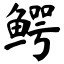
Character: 鳄